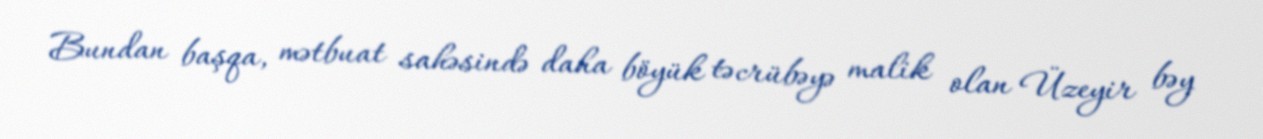
Bundan başqa, mətbuat sahəsində daha böyük təcrübəyə malik olan Üzeyir bəy